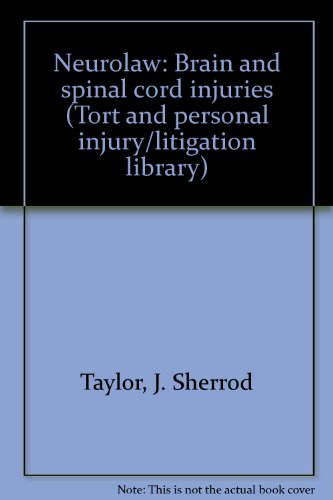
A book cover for Neurolaw: Brain and spinal cord injuries (Tort and personal injury/litigation library); J. Sherrod Taylor; Health, Fitness & Dieting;